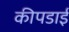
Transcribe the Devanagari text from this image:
कीपडाई